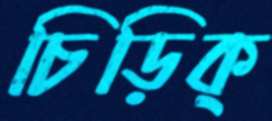
চিড়িক্‌